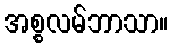
အစ္စလမ်ဘာသာ။